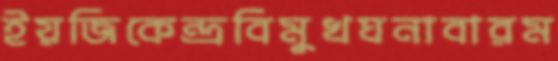
ইয়জিকেন্দ্রবিমুখঘনাবারম